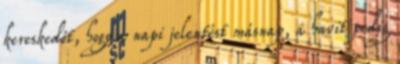
kereskedőt, hogy a napi jelentést másnap, a havit pedig